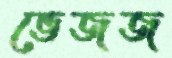
ভেজজ